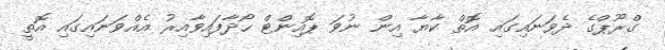
ގްރޫޕްގެ ދެވަނައިގައި އޮތް ކާޔާ އިން ނުވަ ޕޮއިންޓް ހޯދާފައިވާއިރު އެއްވަނައިގައި އޮތީ